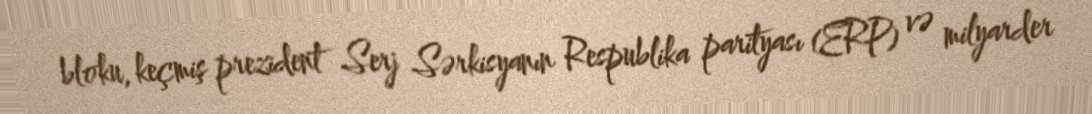
bloku, keçmiş prezident Serj Sərkisyanın Respublika parityası (ERP) və milyarder